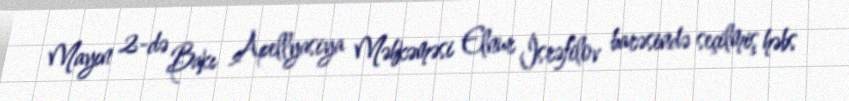
Mayın 2-də Bakı Apellyasiya Məhkəməsi Elnur İsrəfilov barəsində seçilmiş həbs